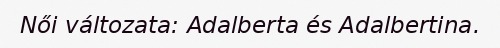
Női változata: Adalberta és Adalbertina.